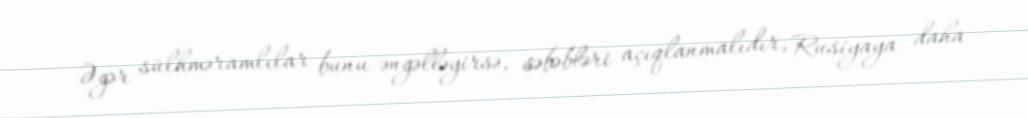
Əgər sülhməramlılar bunu əngəlləyirsə, səbəbləri açıqlanmalıdır, Rusiyaya daha